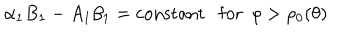
LaTeX: \alpha _ { 1 } B _ { 1 } - A _ { 1 } \beta _ { 1 } = \mathrm { c o n s t a n t } \ \ \ \mathrm { f o r } \ \ \rho > \rho _ { 0 } ( \theta )